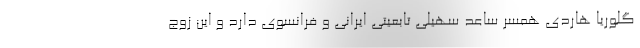
گلوریا هاردی همسر ساعد سهیلی تابعیتی ایرانی و فرانسوی دارد و این زوج